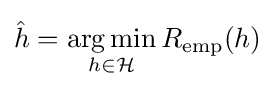
{\hat {h}}={\underset {h\in {\mathcal {H}}}{\operatorname {arg\,min} }}\,R_{\text{emp}}(h)